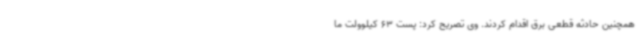
همچنین حادثه قطعی برق اقدام کردند. وی تصریح کرد: پست 63 کیلوولت ما